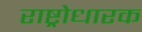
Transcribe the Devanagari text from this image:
राष्ट्रोधारक